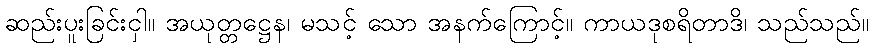
ဆည်းပူးခြင်းငှါ။ အယုတ္တဋ္ဌေန၊ မသင့် သော အနက်ကြောင့်။ ကာယဒုစရိတာဒိ၊ သည်သည်။